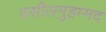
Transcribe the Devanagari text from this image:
वसीलमुहम्मद